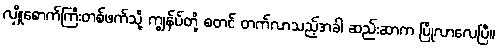
လျှိုစောက်ကြီးတစ်ဖက်သို့ ကျွန်ပ်တို့ စတင် တက်လာသည့်အခါ ဆည်းဆာက ပြိုလာလေပြီ။